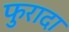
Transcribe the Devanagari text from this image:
फुरादा